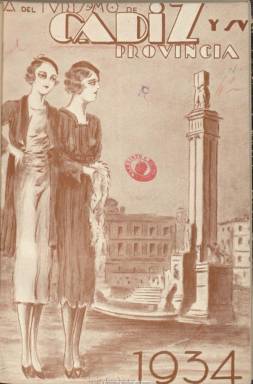
Título: Guía del turismo en Cádiz y su provincia
Otros títulos: Guía del turismo en Cádiz y sv provincia, 1934 || Título: Cádiz y su provincia, <1935>
Colección: Revistas turísticas y de viajes
Ámbito geográfico: Cádiz
Lugar de publicación: Cádiz
Fechas: 01/01/1934-31/12/1935

Revista anual de turismo, gráfica, literaria, informativa y comercial, es el subtítulo de este anuario, que debió de comenzar a publicarse en 1930. La colección de la Biblioteca Nacional de España cuenta con las entregas correspondientes a los años 1934 y 1935. Llevan cubierta ilustrada con un dibujo de Luis Jiménez, siendo la de 1935 estampada en color. Es dirigida por J. Monreal. Según su propia información, aspira a ser un índice ameno de las bellezas y riquezas naturales, arqueológicas artísticas y típicas, un guion de cuanto interés histórico, pintoresco y tradicional atesora Cádiz y su provincia.

Sus textos se refieren a los recursos turísticos de la capital y de otros municipios de la provincia, como Jerez de la Frontera o Arcos de la Frontera, Grazalema o Gibraltar y su campo. Ofrece una descripción geográfica, con datos sobre el clima, carreteras y caminos vecinales, rutas, lugares de interés artístico, arqueológicos o pintorescos que merecen ser visitados, así como guías de hoteles, de museos, entidades financieras, consulados, líneas de navegación o de ferrocarril y sus horarios.

Inserta numerosas fotografías en blanco y negro de vistas, edificios singulares y monumentos, como la Playa de la Victoria y las calles Duque de Tetuán y avenida de Isaac Peral, en la ciudad de Cádiz, o la plaza del Arenal, el Claustro de Santo Domingo y la Portada de la Cartuja, en Jerez de la Frontera, entre otras muchas.

La de 1934 es de 117 de páginas y comienza con Piropo a Cádiz, un poema de José María Pemán, y cuenta con colaboradores literarios como Manuel Barbadillo, Guillermo Fernández, Juan Miguel Pomar, Carlos María de Vallejo, Rafael García, así como Clemente Cimorra, Alfonso Patrón de Sopranis, José Recio y Díaz e Hipólito Sancho, que también colaboran en la de 1935.

Esta de 1935 (con el título modificado: Cádiz y su provincia, anuario de turismo) suma 181 páginas y comienza con un texto de Eugenio D’Ors titulado Cádiz tiene mundo. Además, colaboran Federico García Sanchíz, Enrique Romero de Torres, Ignacio Torres de León, Luisa María de Aramburu y Tomás de Martín-Barbadillo (vizconde de Casa-González). Las firmas son autógrafas. Aparecen textos en francés, inglés y alemán.

Las fotografías son de M. Iglesias, José Reymundo, L. Roisín, Agencia Gráfica Beanland, Malin & Cº y El Trébol, y en la de 1935 se suman, además, las de A. Patrón, F. Costa, Dubois y del vizconde de Casa-González, así como reproducciones artísticas con clichés del Arxiu Mas, y circuitos gráficos turísticos, de Teodoro Miciano.

Al final, tiene una Sección comercial, con publicidad, que llega a ocupar casi la mitad de cada volumen. También, incluye un índice de contenidos y otro alfabético de anunciantes.